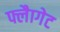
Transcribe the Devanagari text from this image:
फ्लैागेट